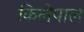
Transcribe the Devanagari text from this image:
किलेपाल